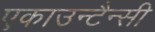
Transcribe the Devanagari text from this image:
एकाउन्टैन्सी